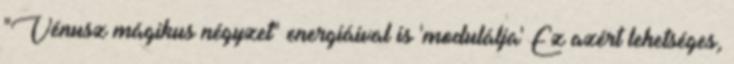
"Vénusz mágikus négyzet" energiáival is 'modulálja' Ez azért lehetséges,